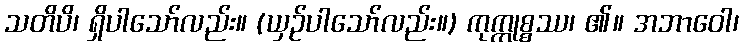
သတိပိ၊ ရှိပါသော်လည်း။ (ယှဉ်ပါသော်လည်း။) ကုက္ကုစ္စဿ၊ ၏။ အဘာဝေါ၊